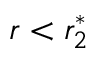
r < r _ { 2 } ^ { * }